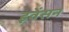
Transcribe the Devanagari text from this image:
इवेंसन